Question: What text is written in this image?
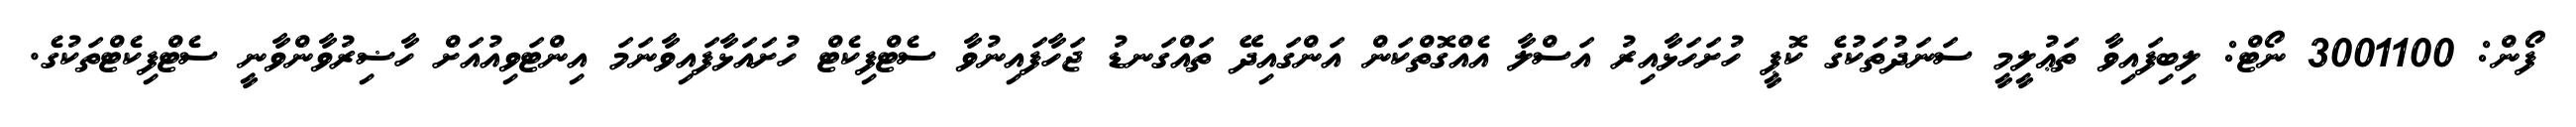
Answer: ފޯން: 3001100 ނޯޓް: ލިބިފައިވާ ތަޢުލީމީ ސަނަދުތަކުގެ ކޮޕީ ހުށަހަޅާއިރު އަސްލާ އެއްގޮތްކަން އަންގައިދޭ ތައްގަނޑު ޖަހާފައިނުވާ ސެޓްފިކެޓް ހުށައަޅާފައިވާނަމަ އިންޓަވިއުއަށް ހާޟިރުވާންވާނީ ސެޓްފިކެޓްތަކުގެ.